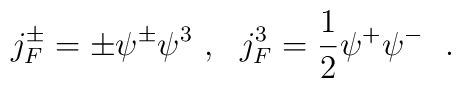
j_F^{\pm} = \pm \psi^{\pm}\psi^3~,~~j^3_F = \frac{1}{2}\psi^+ \psi^-~~.